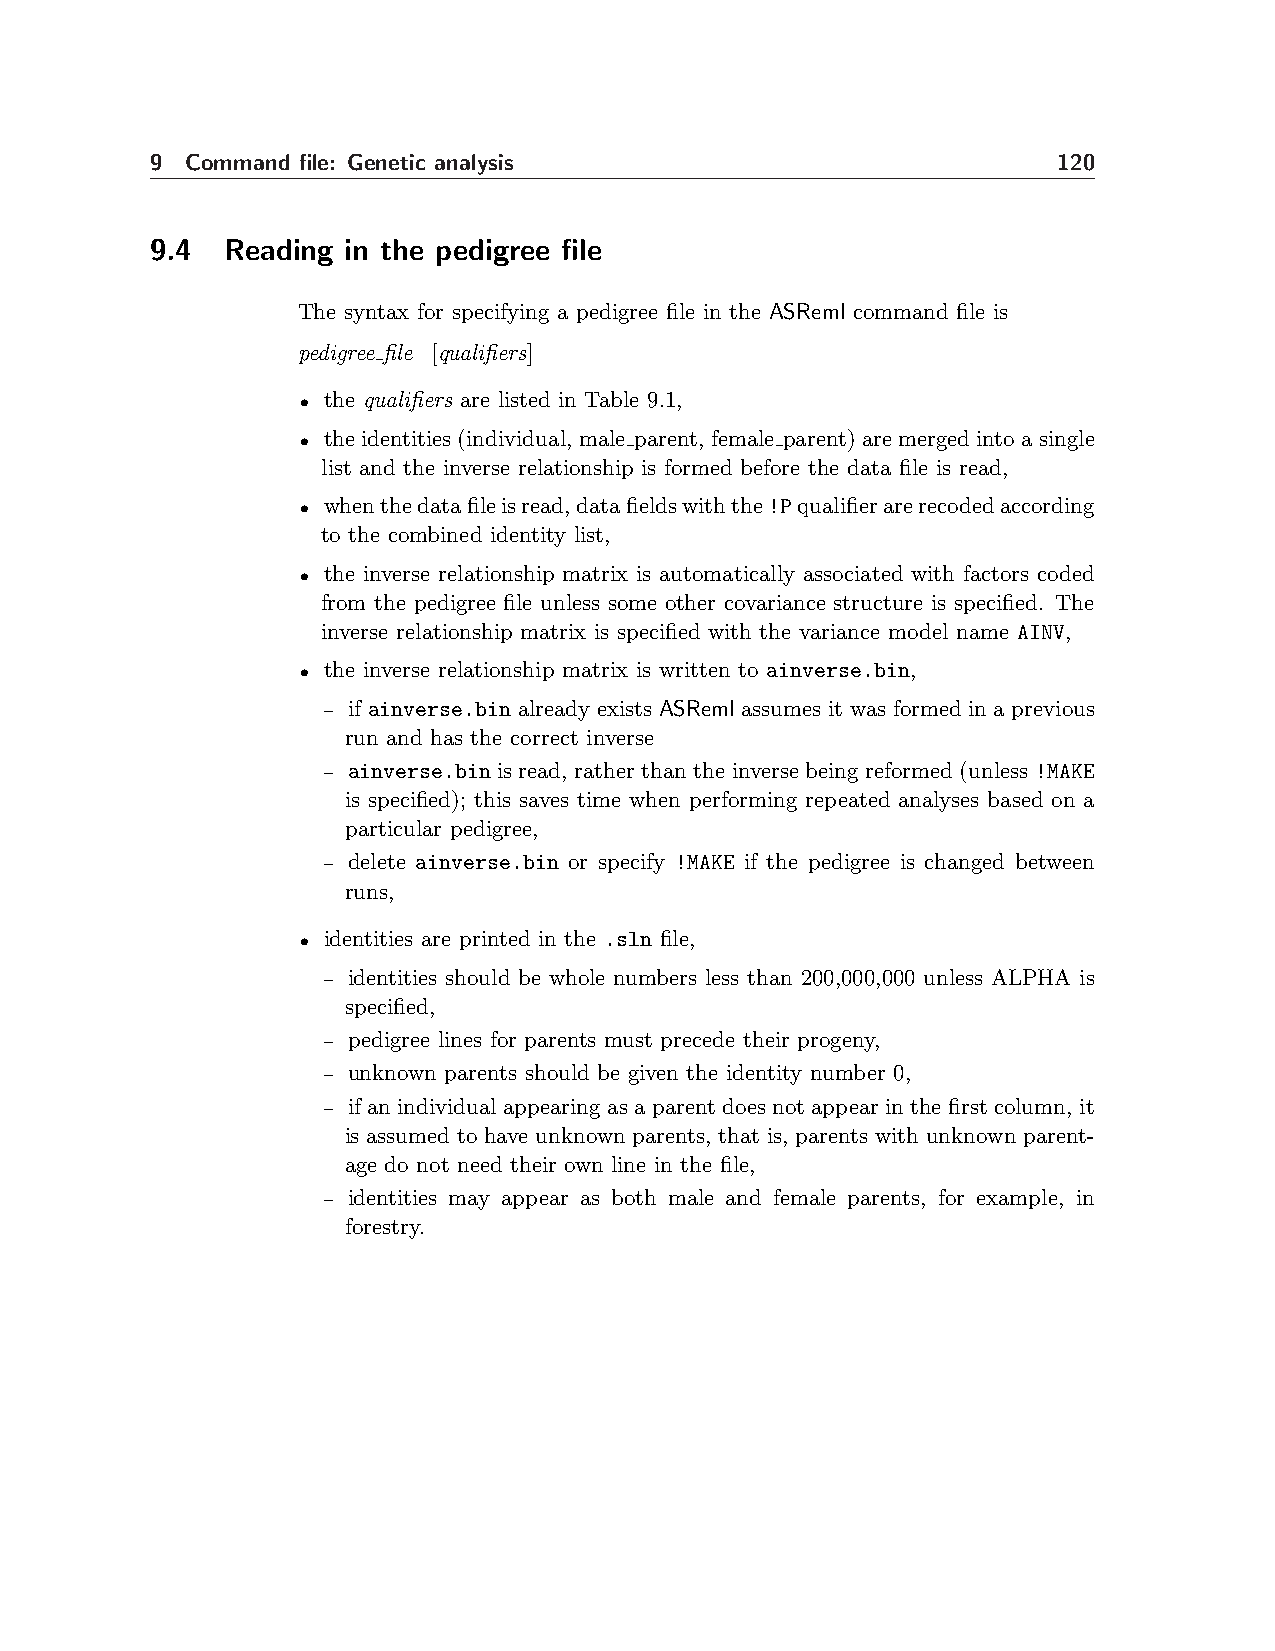
9 Command file: Genetic analysis                            120
 9.4  Reading in the pedigree file
 The syntax for specifying a pedigree file in the ASReml command file is
 pedigree file [qualifiers]
 • the qualifiers are listed in Table 9.1,
 • the identities (individual, male parent, female parent) are merged into a single
 list and the inverse relationship is formed before the data file is read,
 • whenthedatafileisread,datafieldswiththe!Pqualifierarerecodedaccording
 to the combined identity list,
 • the inverse relationship matrix is automatically associated with factors coded
 from the pedigree file unless some other covariance structure is specified. The
 inverse relationship matrix is specified with the variance model name AINV,
 • the inverse relationship matrix is written to ainverse.bin,
 – if ainverse.bin already exists ASReml assumes it was formed in a previous
 run and has the correct inverse
 – ainverse.bin is read, rather than the inverse being reformed (unless!MAKE
 is specified); this saves time when performing repeated analyses based on a
 particular pedigree,
 – delete ainverse.bin or specify !MAKE if the pedigree is changed between
 runs,
 • identities are printed in the .sln file,
 – identities should be whole numbers less than 200,000,000 unless ALPHA is
 specified,
 – pedigree lines for parents must precede their progeny,
 – unknown parents should be given the identity number 0,
 – if an individual appearing as a parent does not appear in the first column, it
 is assumed to have unknown parents, that is, parents with unknown parent-
 age do not need their own line in the file,
 – identities may appear as both male and female parents, for example, in
 forestry.